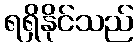
ရရှိနိုင်သည်